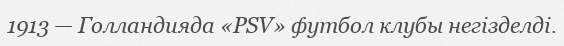
1913 — Голландияда «PSV» футбол клубы негізделді.